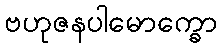
ဗဟုဇနပါမောက္ခော